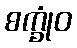
စက္ခုံဝ